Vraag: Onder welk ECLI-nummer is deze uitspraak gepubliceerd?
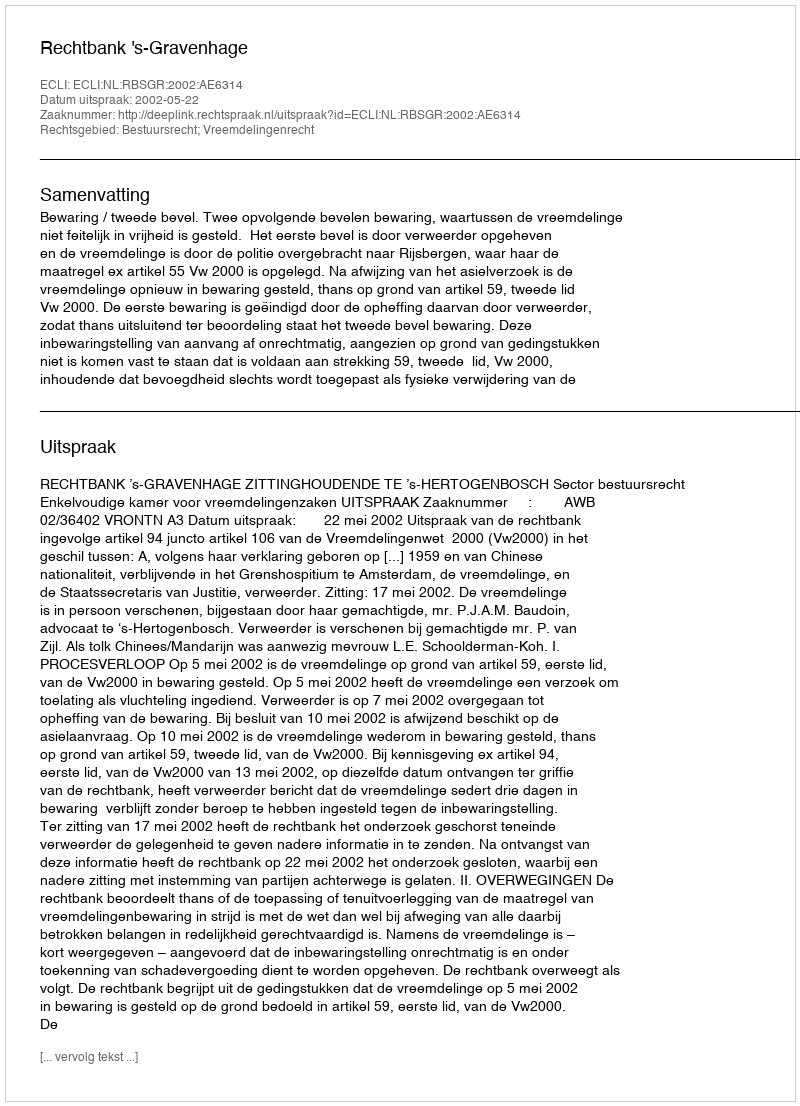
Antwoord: ECLI:NL:RBSGR:2002:AE6314